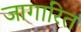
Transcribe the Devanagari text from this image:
जागारित